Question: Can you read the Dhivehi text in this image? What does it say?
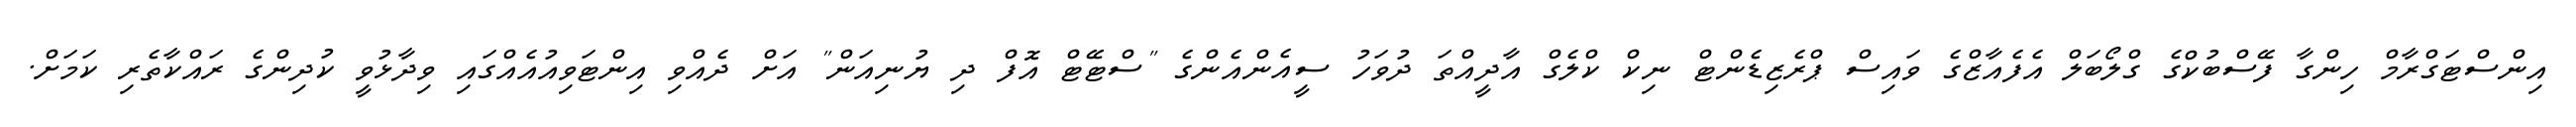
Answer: އިންސްޓަގްރާމް ހިންގާ ފޭސްބުކްގެ ގްލޯބަލް އެފެއާޒްގެ ވައިސް ޕްރެޒިޑެންޓް ނިކް ކްލެގް އާދީއްތަ ދުވަހު ސީއެންއެންގެ "ސްޓޭޓް އޮފް ދި ޔުނިއަން" އަށް ދެއްވި އިންޓަވިއުއެއްގައި ވިދާޅުވީ ކުދިންގެ ރައްކާތެރި ކަމަށް.